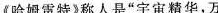
《哈姆雷特》称人是”宇宙精华，万